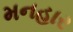
મનહાર